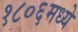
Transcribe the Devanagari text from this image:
१८०६मध्ये